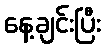
နေ့ချင်းပြီး